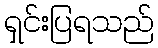
ရှင်းပြရသည်